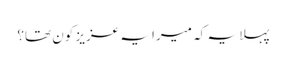
پہلا یہ کہ میرا یہ عزیز کون تھا؟